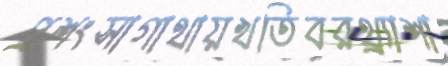
প্রশংসাগাথায়খতিবরথ্র্যাশা